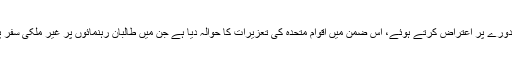
افغانستان نے اس دورے پر اعتراض کرتے ہوئے، اس ضمن میں اقوام متحدہ کی تعزیرات کا حوالہ دیا ہے جن میں طالبان رہنمائوں پر غیر ملکی سفر پر بندش عائد ہے۔